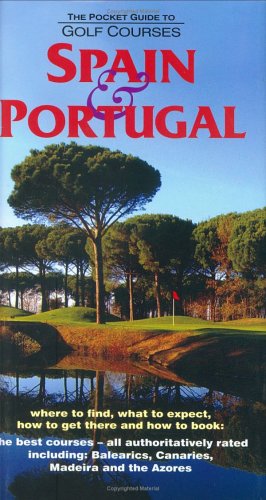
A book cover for The Pocket Guide to Golf Courses: Spain and Portugal; Travel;